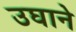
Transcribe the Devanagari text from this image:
उघाने